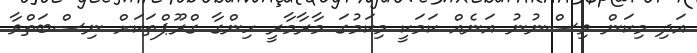
އަދި މިކަން ވިސްނުނު އަނެއް ކަމަކީ މިކަމުގަ މާރާމާރީ ހިންގާ ގްރޫޕްތަކަށް ނިސްބަތްވާ